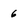
Character: 6